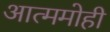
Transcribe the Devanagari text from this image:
आत्ममोही